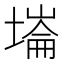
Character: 𡐇